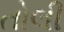
તોલી